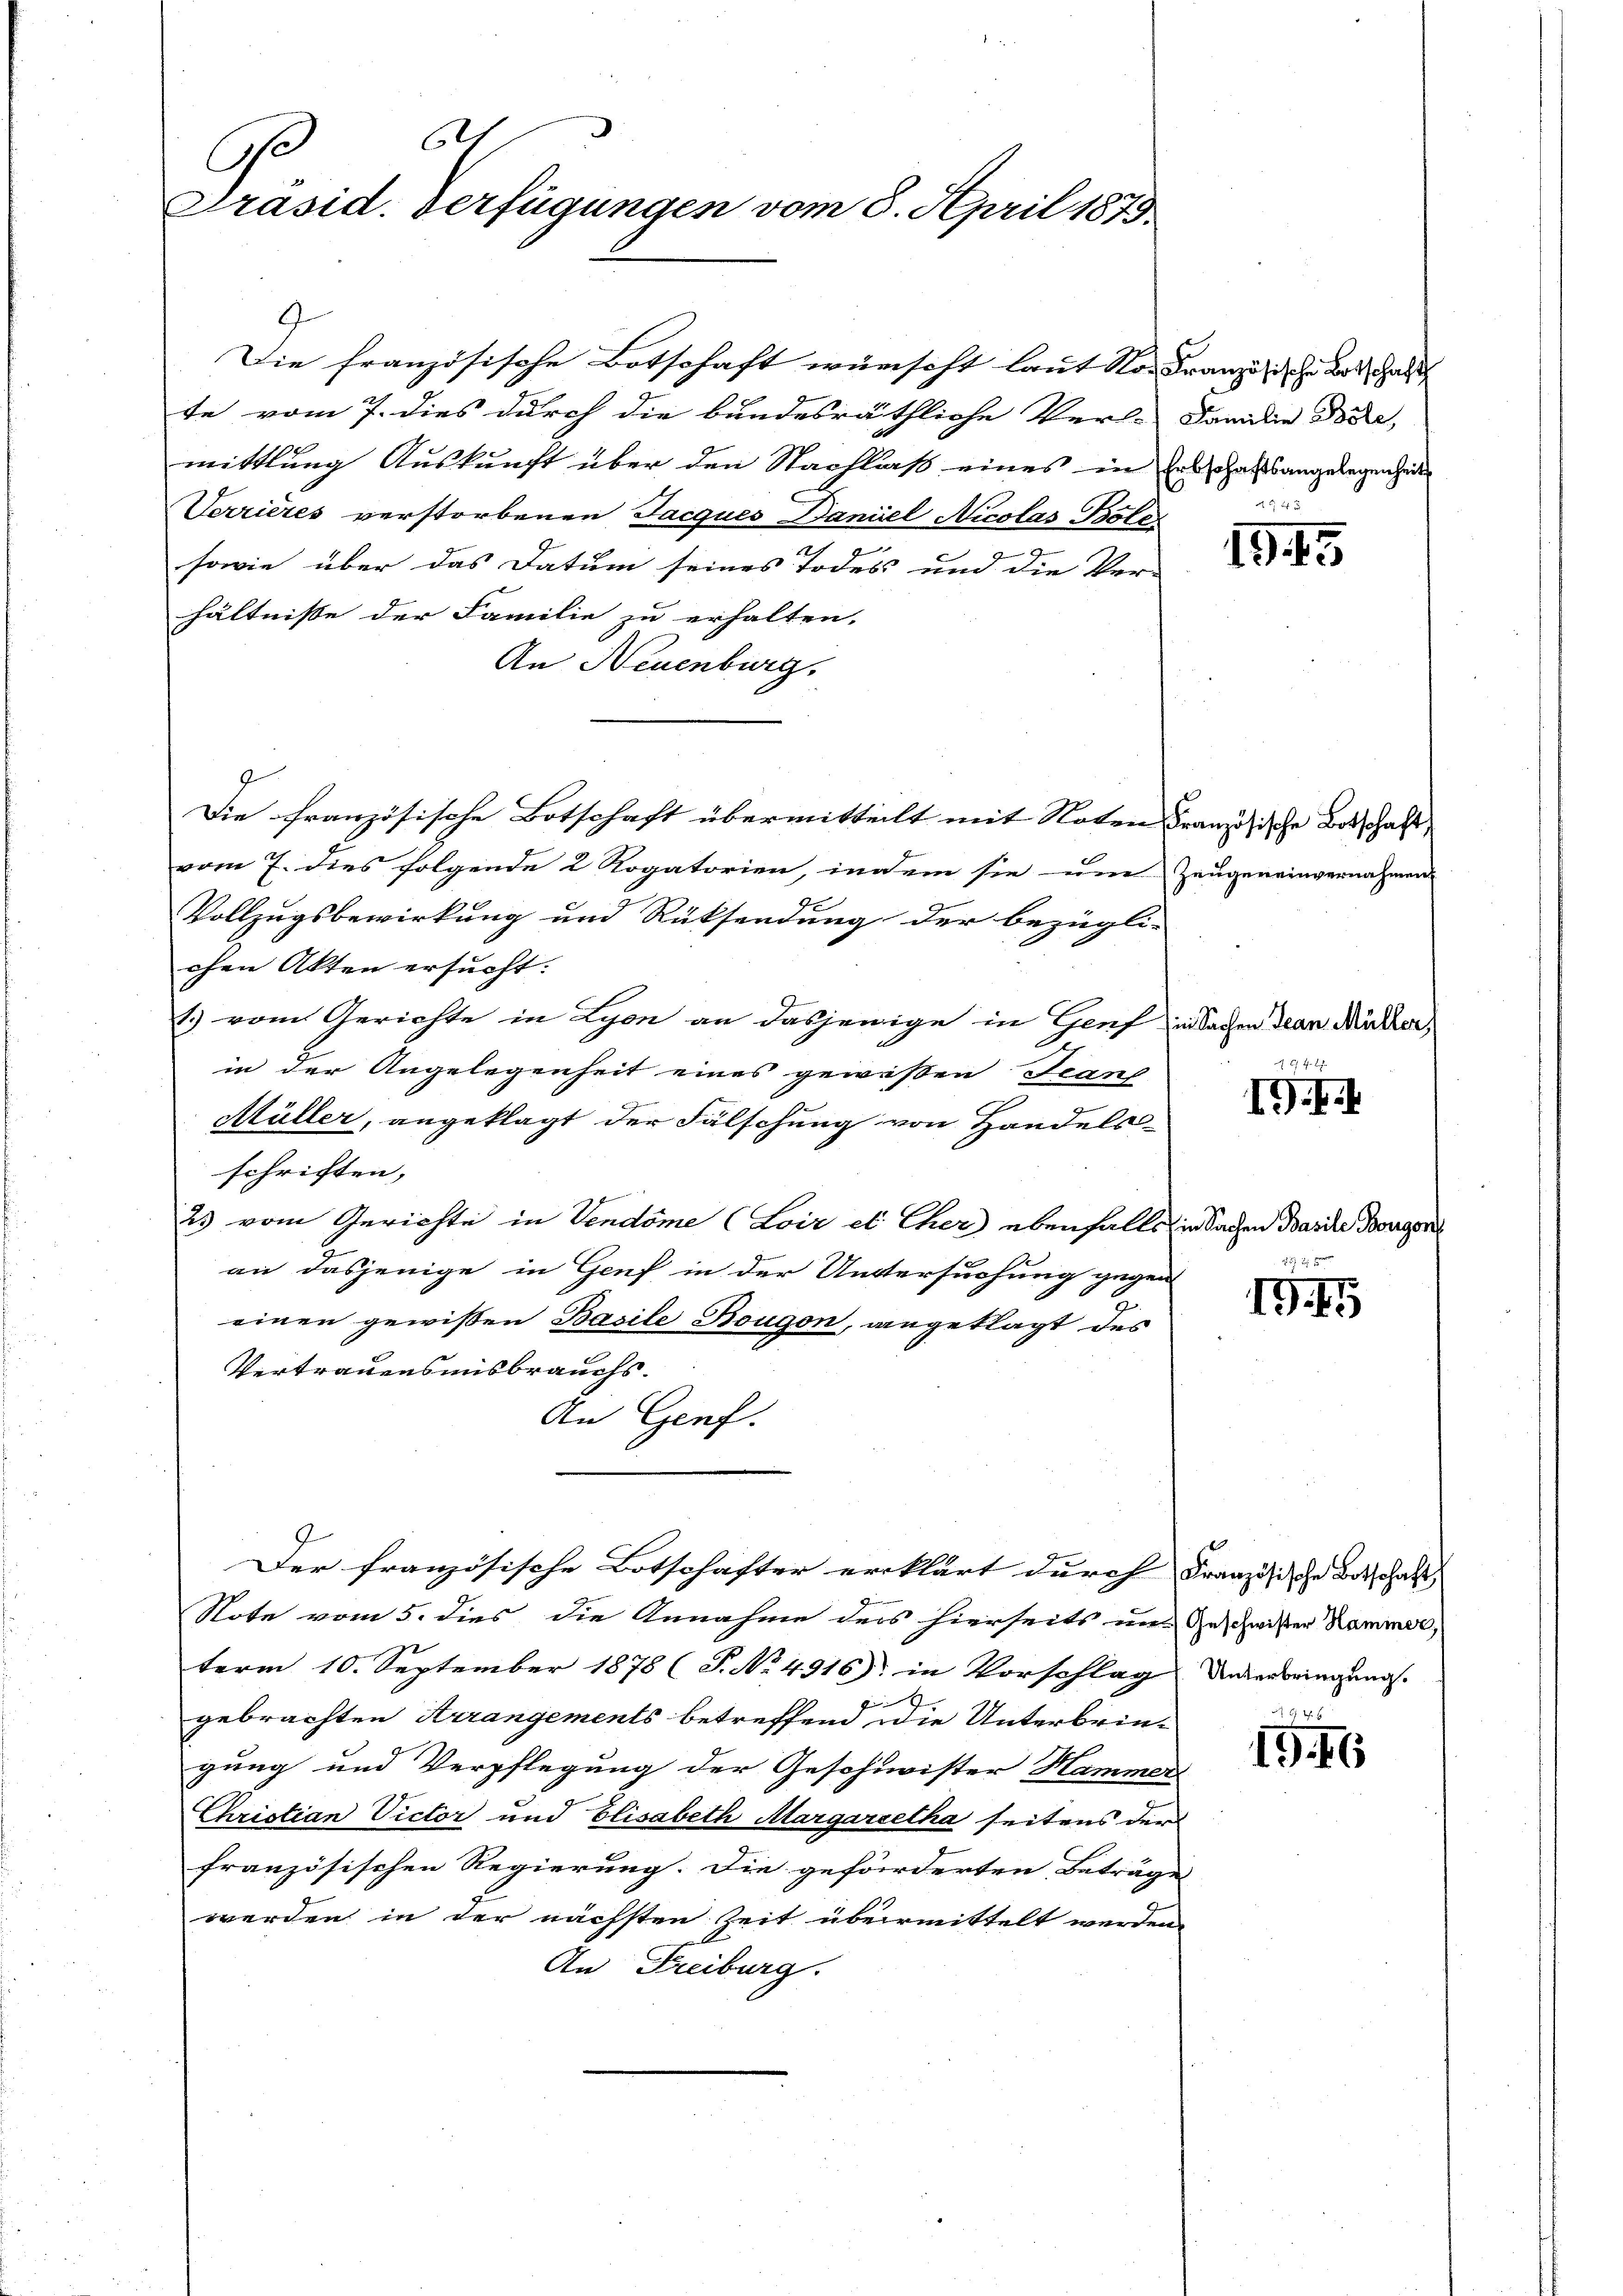
be
Ge
Präsid. Verfügungen vom 8. April 1873.

9
te vom 7. dies durch die bundesräthliche Verl- Familie doce
mittlung Auskunft über den Nachlaß eines in Erbschaftsangelegenheit
Verrieres verstorbenen Jacques Daniel Nicolas Bote
sowie über das Datum seines Todes und die Ver-
hältnisse der Familie zu erhalten.
An Neuenburg.
vom 7. dies folgende 2 Rogatorien, indem sie um
Vollzugsbewirkung und Rücksendung der bezügli-
chen Akten ersucht.
1) vom Gerichte in Lyon an dasjenige in Genf in Sachen Jean Michler,
in der Angelegenheit eines gewißen Jeanf
Müller, angeklagt der Fälschung von Handels
schriften,
23 vom Gerichte in Vendöme (Loir et Cher ebenfalls
an dasjenige in Genf in der Untersuchung gegen
einen gewissen Basile Bougon, angeklagt des
Vertrauensmisbrauchs.
An Genf.
Der französische Botschafter erklärt durch Französische Botschaft
Note vom 5. dies die Annahme ders hierseits im Geschwister Kammer,
term 10. September 1878 (T. No 4916) in Vorschlag unterbringung
Ei
gebrachten Arrangements betreffend die Unterbringung und Verpflegung der Geschwister Hammer
Christian Victor und Elisabeth Aargaretha seitens der
französischen Regierung. Die geförderten Beträg
werden in der nächsten Zeit übermittelt werden
An Freiburg.

Die französische Botschaft wünscht laut Non Französische Los halt

Die französische Botschaft übermitteilt mit Noten Französische Botschafft,

x 2 x

1945

Zeugen einvernahmen.

6 x

19.

in Sachen Basile Bougon

19.

6 Uhr
1916